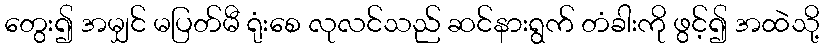
တွေး၍ အမျှင် မပြတ်မီ ရုံးစေ လုလင်သည် ဆင်နားရွက် တံခါးကို ဖွင့်၍ အထဲသို့